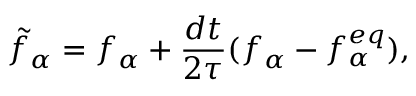
\tilde { f } _ { \alpha } = f _ { \alpha } + \frac { d t } { 2 \tau } ( f _ { \alpha } - f _ { \alpha } ^ { e q } ) ,